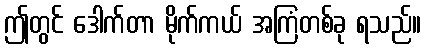
ဤတွင် ဒေါက်တာ မိုက်ကယ် အကြံတစ်ခု ရသည်။